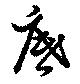
底